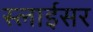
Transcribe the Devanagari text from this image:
स्‍लाईसर